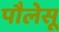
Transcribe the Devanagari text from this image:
पौलेसू